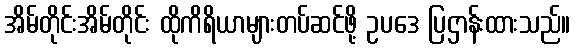
အိမ်တိုင်းအိမ်တိုင်း ထိုကိရိယာများတပ်ဆင်ဖို့ ဥပဒေ ပြဌာန်းထားသည်။